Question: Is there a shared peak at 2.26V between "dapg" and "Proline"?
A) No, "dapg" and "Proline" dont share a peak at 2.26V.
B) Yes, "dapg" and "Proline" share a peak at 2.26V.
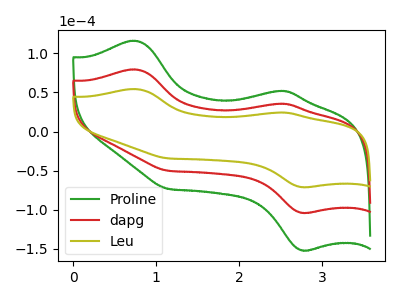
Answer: <think>The green curve "Proline" has anodic peaks at (0.75V, 158.90uA) (2.55V, 71.20uA) and cathodic peaks at (2.75V, -208.05uA) (1.15V, -100.25uA). The red curve "dapg" has anodic peaks at (0.75V, 79.45uA) (2.55V, 35.60uA) and cathodic peaks at (2.75V, -104.00uA) (1.15V, -50.15uA). The olive curve "Leu" has anodic peaks at (0.75V, 54.35uA) (2.55V, 24.35uA) and cathodic peaks at (2.75V, -71.15uA) (1.15V, -34.30uA).</think>
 <answer>A) No, "dapg" and "Proline" dont share a peak at 2.26V.</answer>
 <eval>A</eval>